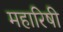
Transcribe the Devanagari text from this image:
महारिषी